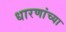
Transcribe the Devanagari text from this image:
धारणांच्या